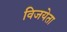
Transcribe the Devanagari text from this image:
विजयेता